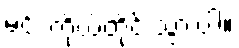
မင်း ကိုယ်တိုင် သွားပါ။